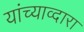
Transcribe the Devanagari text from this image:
यांच्याव्दारा